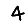
Digit: 4